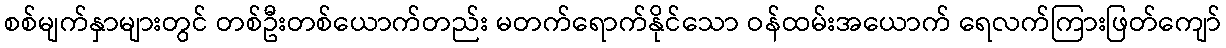
စစ်မျက်နှာများတွင် တစ်ဦးတစ်ယောက်တည်း မတက်ရောက်နိုင်သော ဝန်ထမ်းအယောက် ရေလက်ကြားဖြတ်ကျော်